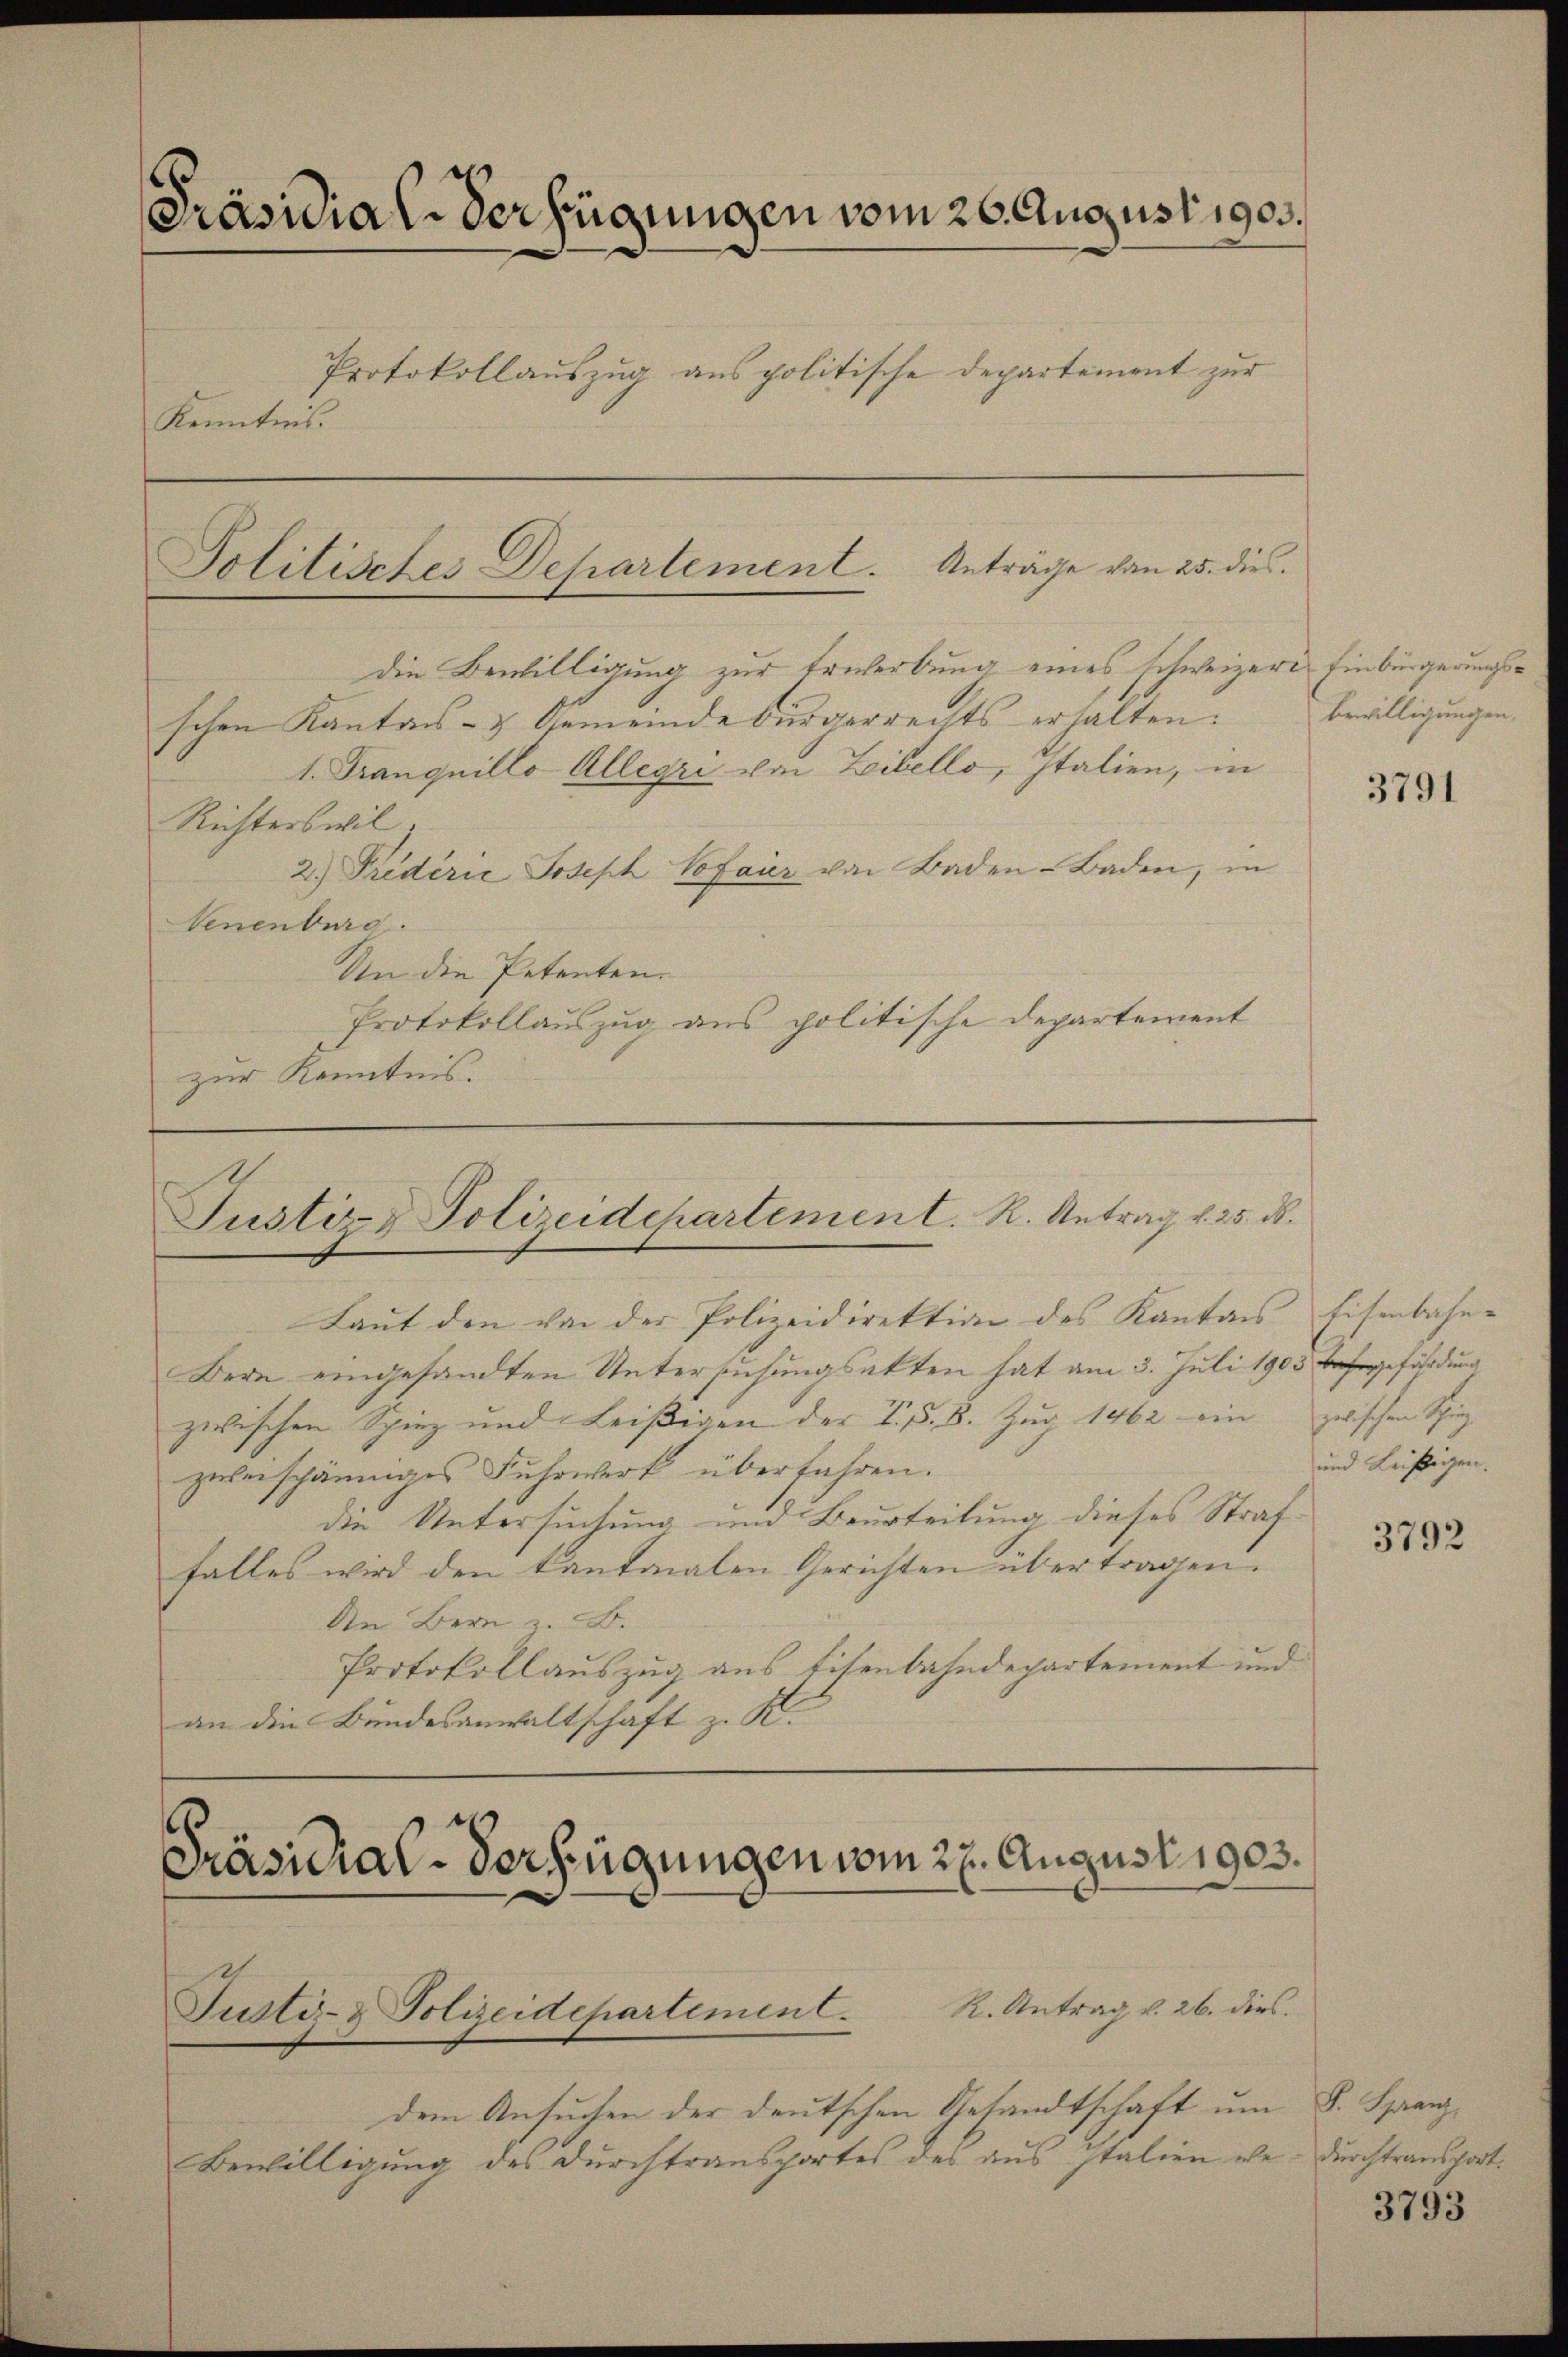
[Präsidial-Verfügungen vom 26. August 1905.
Protokollauszug aus politische Departement zur
Kenntnis.

Politisches Departement. Anträge von 25. dies

die Bewilligung zur Erwerbung eines schweizere Einbürgerungsschen Kantons- & Gemeindebürgerrechts erhalten.
1. Tranquillo-Allegi von Libello, Italien, in
Richterswil
2.) Friderić Joseph Sofaier von Baden-Baden, in
benenburg.
An die Petenten.
Protokollauszug aus politische Departement
zur Kenntnis.

Laut den von der Polizeidirektion des Kanton
Bern eingesandten Untersuchungsakten hat am 3. Juli 1903 Bafeggefährdung
zwischen Spiez und Leißigen der T. §. 8. Zug 1462 ein zwischen Spiez
zwei schänniges Fuhrwerk überfahren.
die Untersuchung und Beurteilung dieses Straffalles wird den kantonalen Gerichten übertragen.
In Bern z. B.
Protokollauszug aus Eisenbahndepartement und
an die Bundesanwaltschaft z. K.

Justiz & Polizeidepartement. R. Antrag v. 25. d.

Präsidial-Verfügungen vom 27. August 1903.
R. Antrag v. 26. dies.
Justiz- & Polizeidepartement.

dem Ansuchen der deutschen Gesandtschaft um
Bewilligung des Durchtransportes des aus Italien we- durchtransport.

bewilligungen.

3791

Eisenbahn¬
und Leistigen.

3792

F. Franz

3793